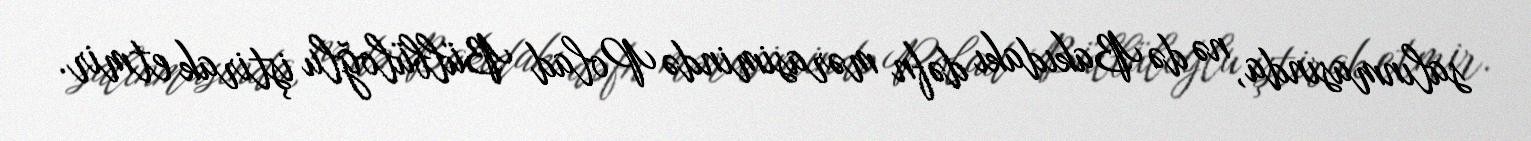
salınmasında, nə də Bakıdakı dəfn mərasimində Polad Bülbüloğlu iştirak etmir.